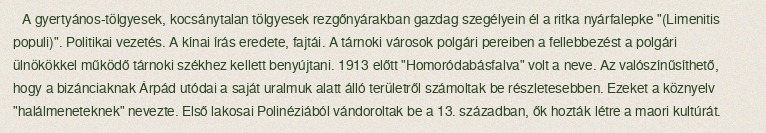
A gyertyános-tölgyesek, kocsánytalan tölgyesek rezgőnyárakban gazdag szegélyein él a ritka nyárfalepke "(Limenitis populi)". Politikai vezetés. A kínai írás eredete, fajtái. A tárnoki városok polgári pereiben a fellebbezést a polgári ülnökökkel működő tárnoki székhez kellett benyújtani. 1913 előtt "Homoródabásfalva" volt a neve. Az valószínűsíthető, hogy a bizánciaknak Árpád utódai a saját uralmuk alatt álló területről számoltak be részletesebben. Ezeket a köznyelv "halálmeneteknek" nevezte. Első lakosai Polinéziából vándoroltak be a 13. században, ők hozták létre a maori kultúrát.